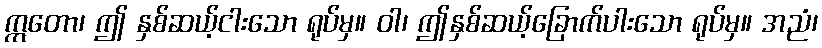
ဣတော၊ ဤ နှစ်ဆယ့်ငါးသော ရုပ်မှ။ ဝါ၊ ဤနှစ်ဆယ့်ခြောက်ပါးသော ရုပ်မှ။ အညံ၊